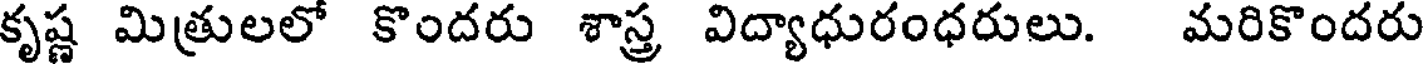
కృష్ణ మిత్రులలో కొందరు శాస్త్ర విద్యాధురంధరులు. మరికొందరు